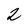
Character: 2